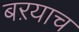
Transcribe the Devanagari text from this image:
बऱयाच